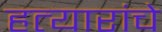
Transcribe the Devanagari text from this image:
हत्यारांचे